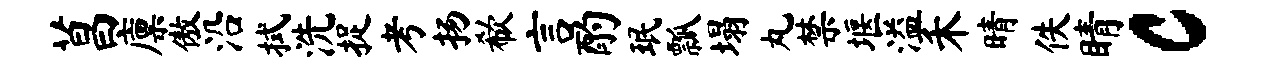
菖廪傲沿拭洗捉考扬欷言酌珉瓢塌丸禁堰溢禾晴佚睛c